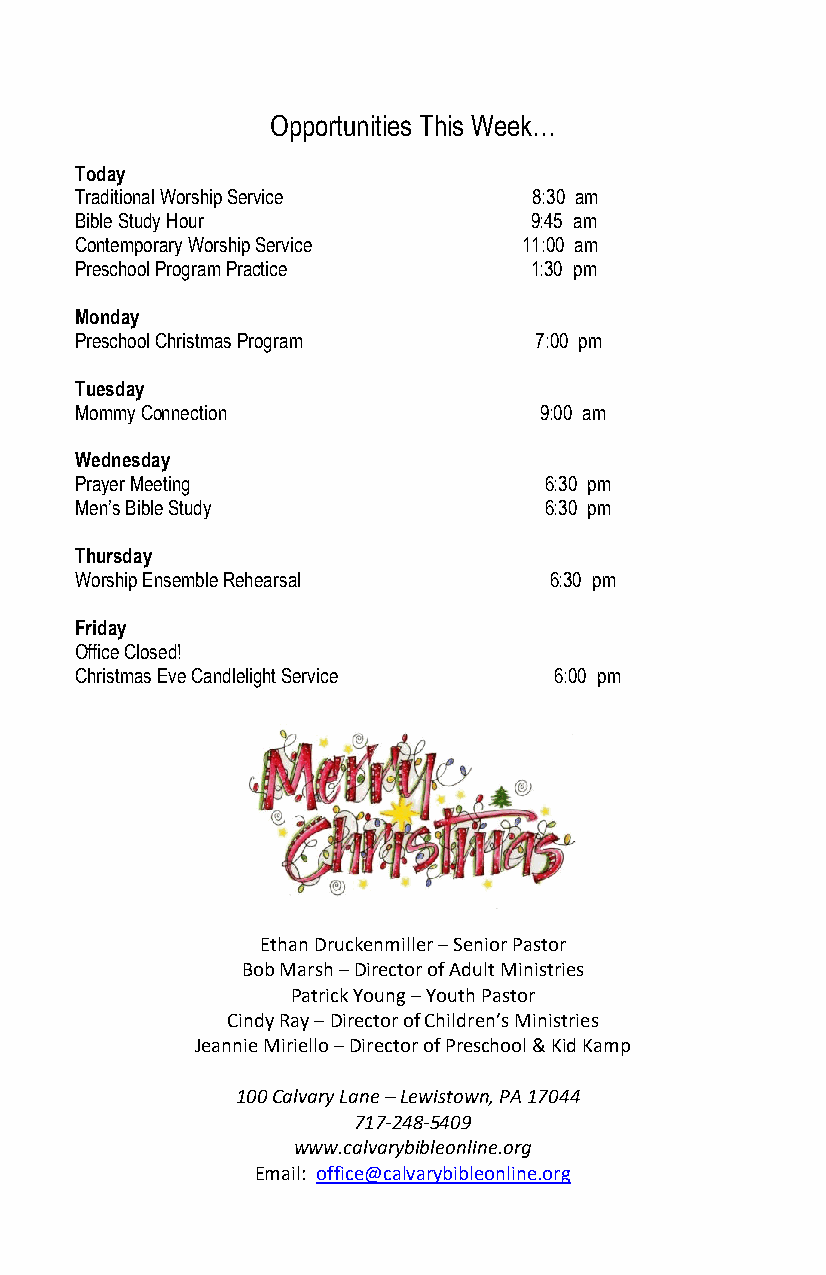
Opportunities This Week…
 Today
 Traditional Worship Service   8:30 am
 Bible Study Hour              9:45 am
 Contemporary Worship Service  11:00 am
 Preschool Program Practice    1:30 pm
 Monday
 Preschool Christmas Program   7:00 pm
 Tuesday
 Mommy Connection               9:00 am
 Wednesday
 Prayer Meeting                 6:30 pm
 Men’s Bible Study              6:30 pm
 Thursday
 Worship Ensemble Rehearsal     6:30 pm
 Friday
 Office Closed!
 Christmas Eve Candlelight Service 6:00 pm
 Ethan Druckenmiller – Senior Pastor
 Bob Marsh – Director of Adult Ministries
 Patrick Young – Youth Pastor
 Cindy Ray – Director of Children’s Ministries
 Jeannie Miriello – Director of Preschool & Kid Kamp
 100 Calvary Lane – Lewistown, PA 17044
 717-248-5409
 www.calvarybibleonline.org
 Email: office@calvarybibleonline.org